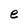
Character: e